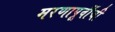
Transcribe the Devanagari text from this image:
मरणापूर्वीची